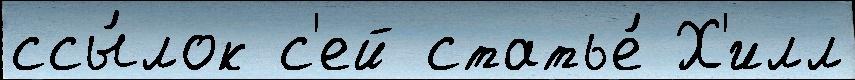
ссы́лок с'ей статье́ Х'илл